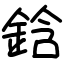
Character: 鋡